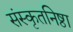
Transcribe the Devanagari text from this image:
संस्कृतनिष्ठा